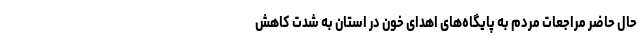
حال حاضر مراجعات مردم به پایگاه‌های اهدای خون در استان به شدت کاهش